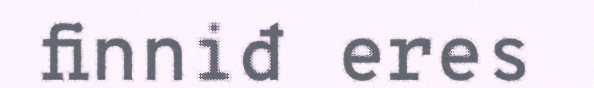
finniđ eres